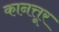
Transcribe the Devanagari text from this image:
कानत्तूर